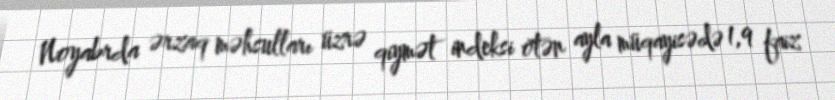
Noyabrda ərzaq məhsulları üzrə qiymət indeksi ötən ayla müqayisədə 1,9 faiz